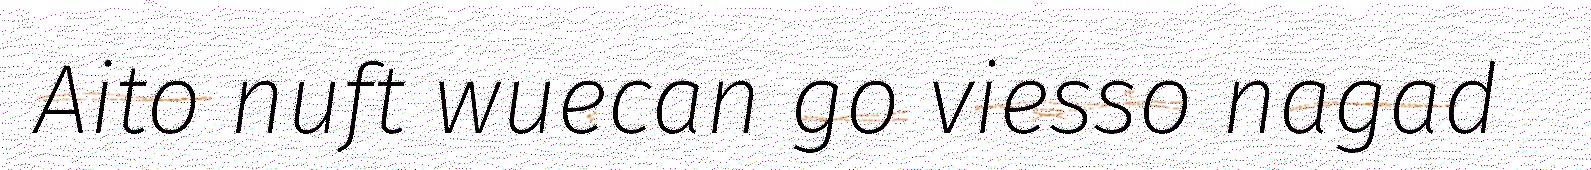
Aito nuft wuecan go viesso nagad